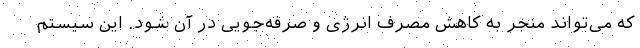
که می‌تواند منجر به کاهش مصرف انرژی و صرفه‌جویی در آن شود. این سیستم